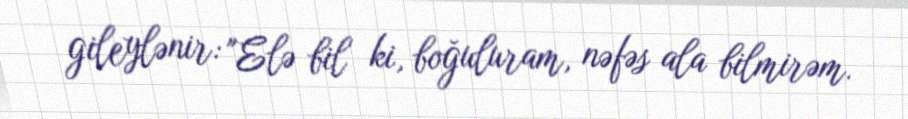
gileylənir: "Elə bil ki, boğuluram, nəfəs ala bilmirəm.